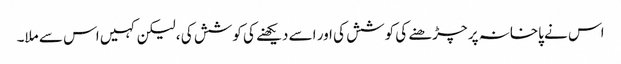
اس نے پاخانہ پر چڑھنے کی کوشش کی اور اسے دیکھنے کی کوشش کی ، لیکن کہیں اس سے ملا۔